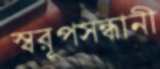
স্বরূপসন্ধানী